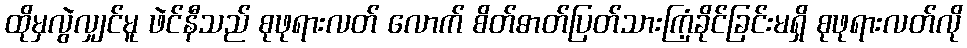
ထိုမှလွဲလျှင်မူ ဖဲင်နီသည် စုဖုရားလတ် လောက် စိတ်ဓာတ်ပြတ်သားကြံ့ခိုင်ခြင်းမရှိ စုဖုရားလတ်လို